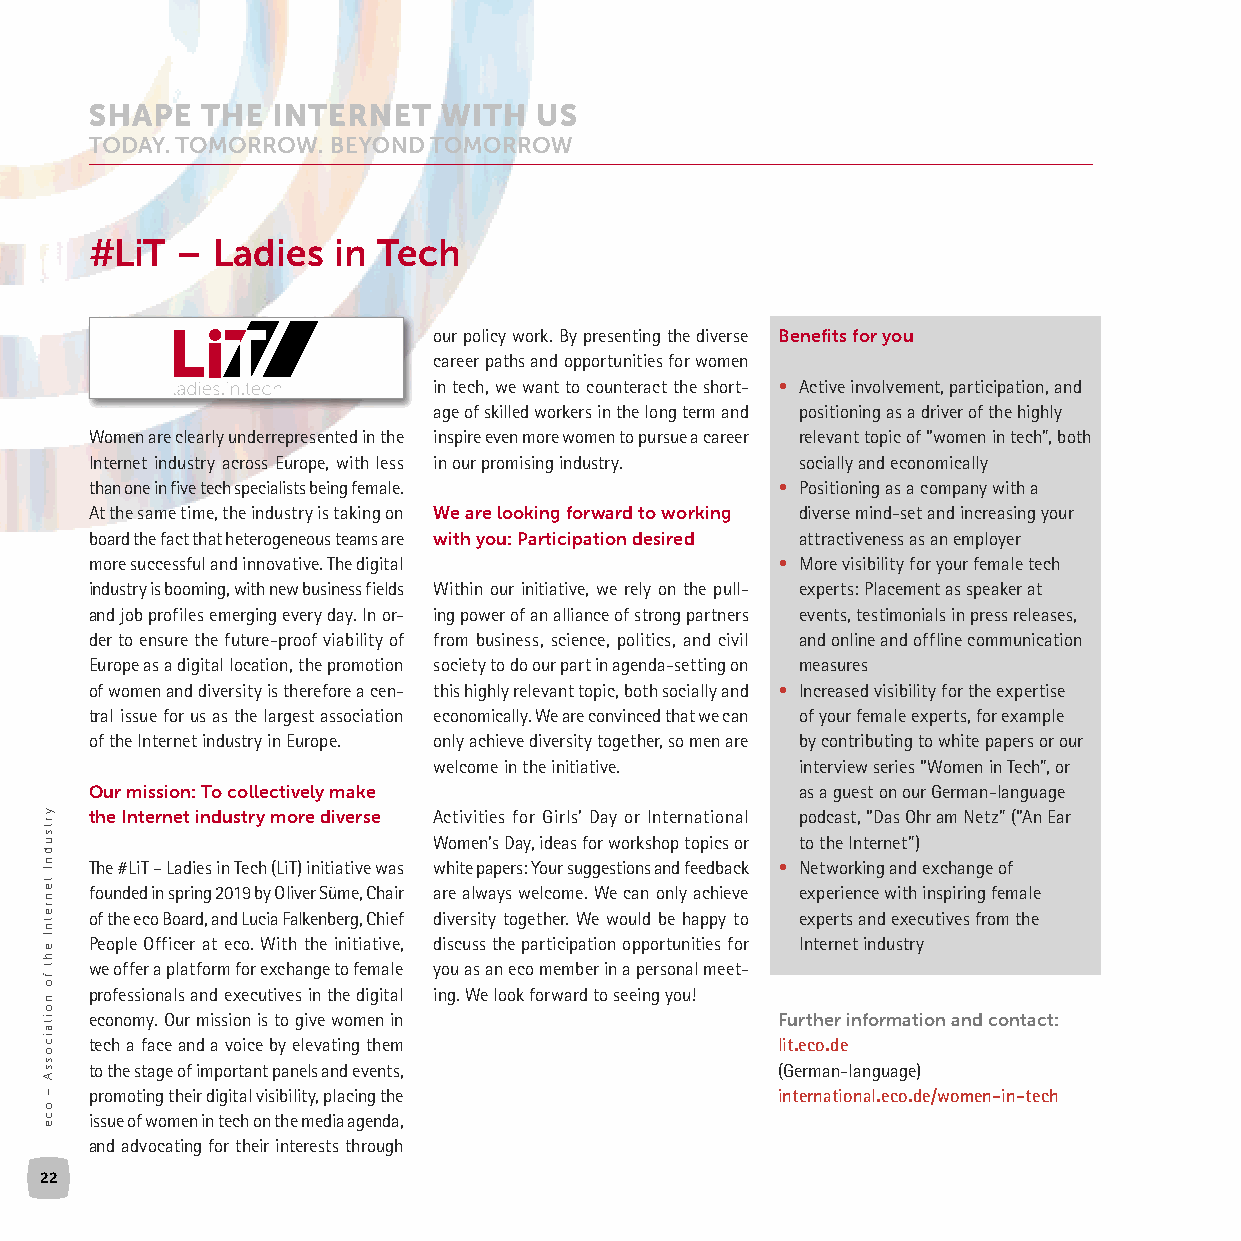
#LiT  – Ladies  in Tech
 our policy work. By presenting the diverse Benefits for you
 career paths and opportunities for women
 in tech, we want to counteract the short- • Active involvement, participation, and
 age of skilled workers in the long term and positioning as a driver of the highly
 Women are clearly underrepresented in the inspire even more women to pursue a career relevant topic of “women in tech”, both
 Internet industry across Europe, with less in our promising industry. socially and economically
 than one in five tech specialists being female. • Positioning as a company with a
 At the same time, the industry is taking on We are looking forward to working diverse mind-set and increasing your
 board the fact that heterogeneous teams are with you: Participation desired attractiveness as an employer
 more successful and innovative. The digital  • More visibility for your female tech
 industry is booming, with new business fields Within our initiative, we rely on the pull- experts: Placement as speaker at
 and job profiles emerging every day. In or- ing power of an alliance of strong partners events, testimonials in press releases,
 der to ensure the future-proof viability of from business, science, politics, and civil and online and offline communication
 Europe as a digital location, the promotion society to do our part in agenda-setting on measures
 of women and diversity is therefore a cen- this highly relevant topic, both socially and • Increased visibility for the expertise
 tral issue for us as the largest association economically. We are convinced that we can of your female experts, for example
 of the Internet industry in Europe. only achieve diversity together, so men are by contributing to white papers or our
 welcome in the initiative. interview series “Women in Tech”, or
 Our mission: To collectively make              as a guest on our German-language
 the Internet industry more diverse Activities for Girls’ Day or International podcast, “Das Ohr am Netz” (“An Ear
 Women’s Day, ideas for workshop topics or to the Internet”)
 The #LiT – Ladies in Tech (LiT) initiative was white papers: Your suggestions and feedback • Networking and exchange of
 founded in spring 2019 by Oliver Süme, Chair are always welcome. We can only achieve experience with inspiring female
 of the eco Board, and Lucia Falkenberg, Chief diversity together. We would be happy to experts and executives from the
 People Officer at eco. With the initiative, discuss the participation opportunities for Internet industry
 we offer a platform for exchange to female you as an eco member in a personal meet-
 professionals and executives in the digital ing. We look forward to seeing you!
 economy. Our mission is to give women in     Further information and contact:
 tech a face and a voice by elevating them    lit.eco.de
 to the stage of important panels and events, (German-language)
 promoting their digital visibility, placing the international.eco.de/women-in-tech
 issue of women in tech on the media agenda,
 and advocating for their interests through
 22
 yrtsudnI
 tenretnI
 eht
 fo
 noitaicossA
 –
 oce